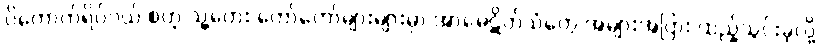
ပိတောက်ရိပ်ဝယ် စတဲ့ သူ့တေး တော်တော်များများမှာ အာမေဋိတ်သံတွေ အများအပြား ထည့်သွင်းခဲ့လို့